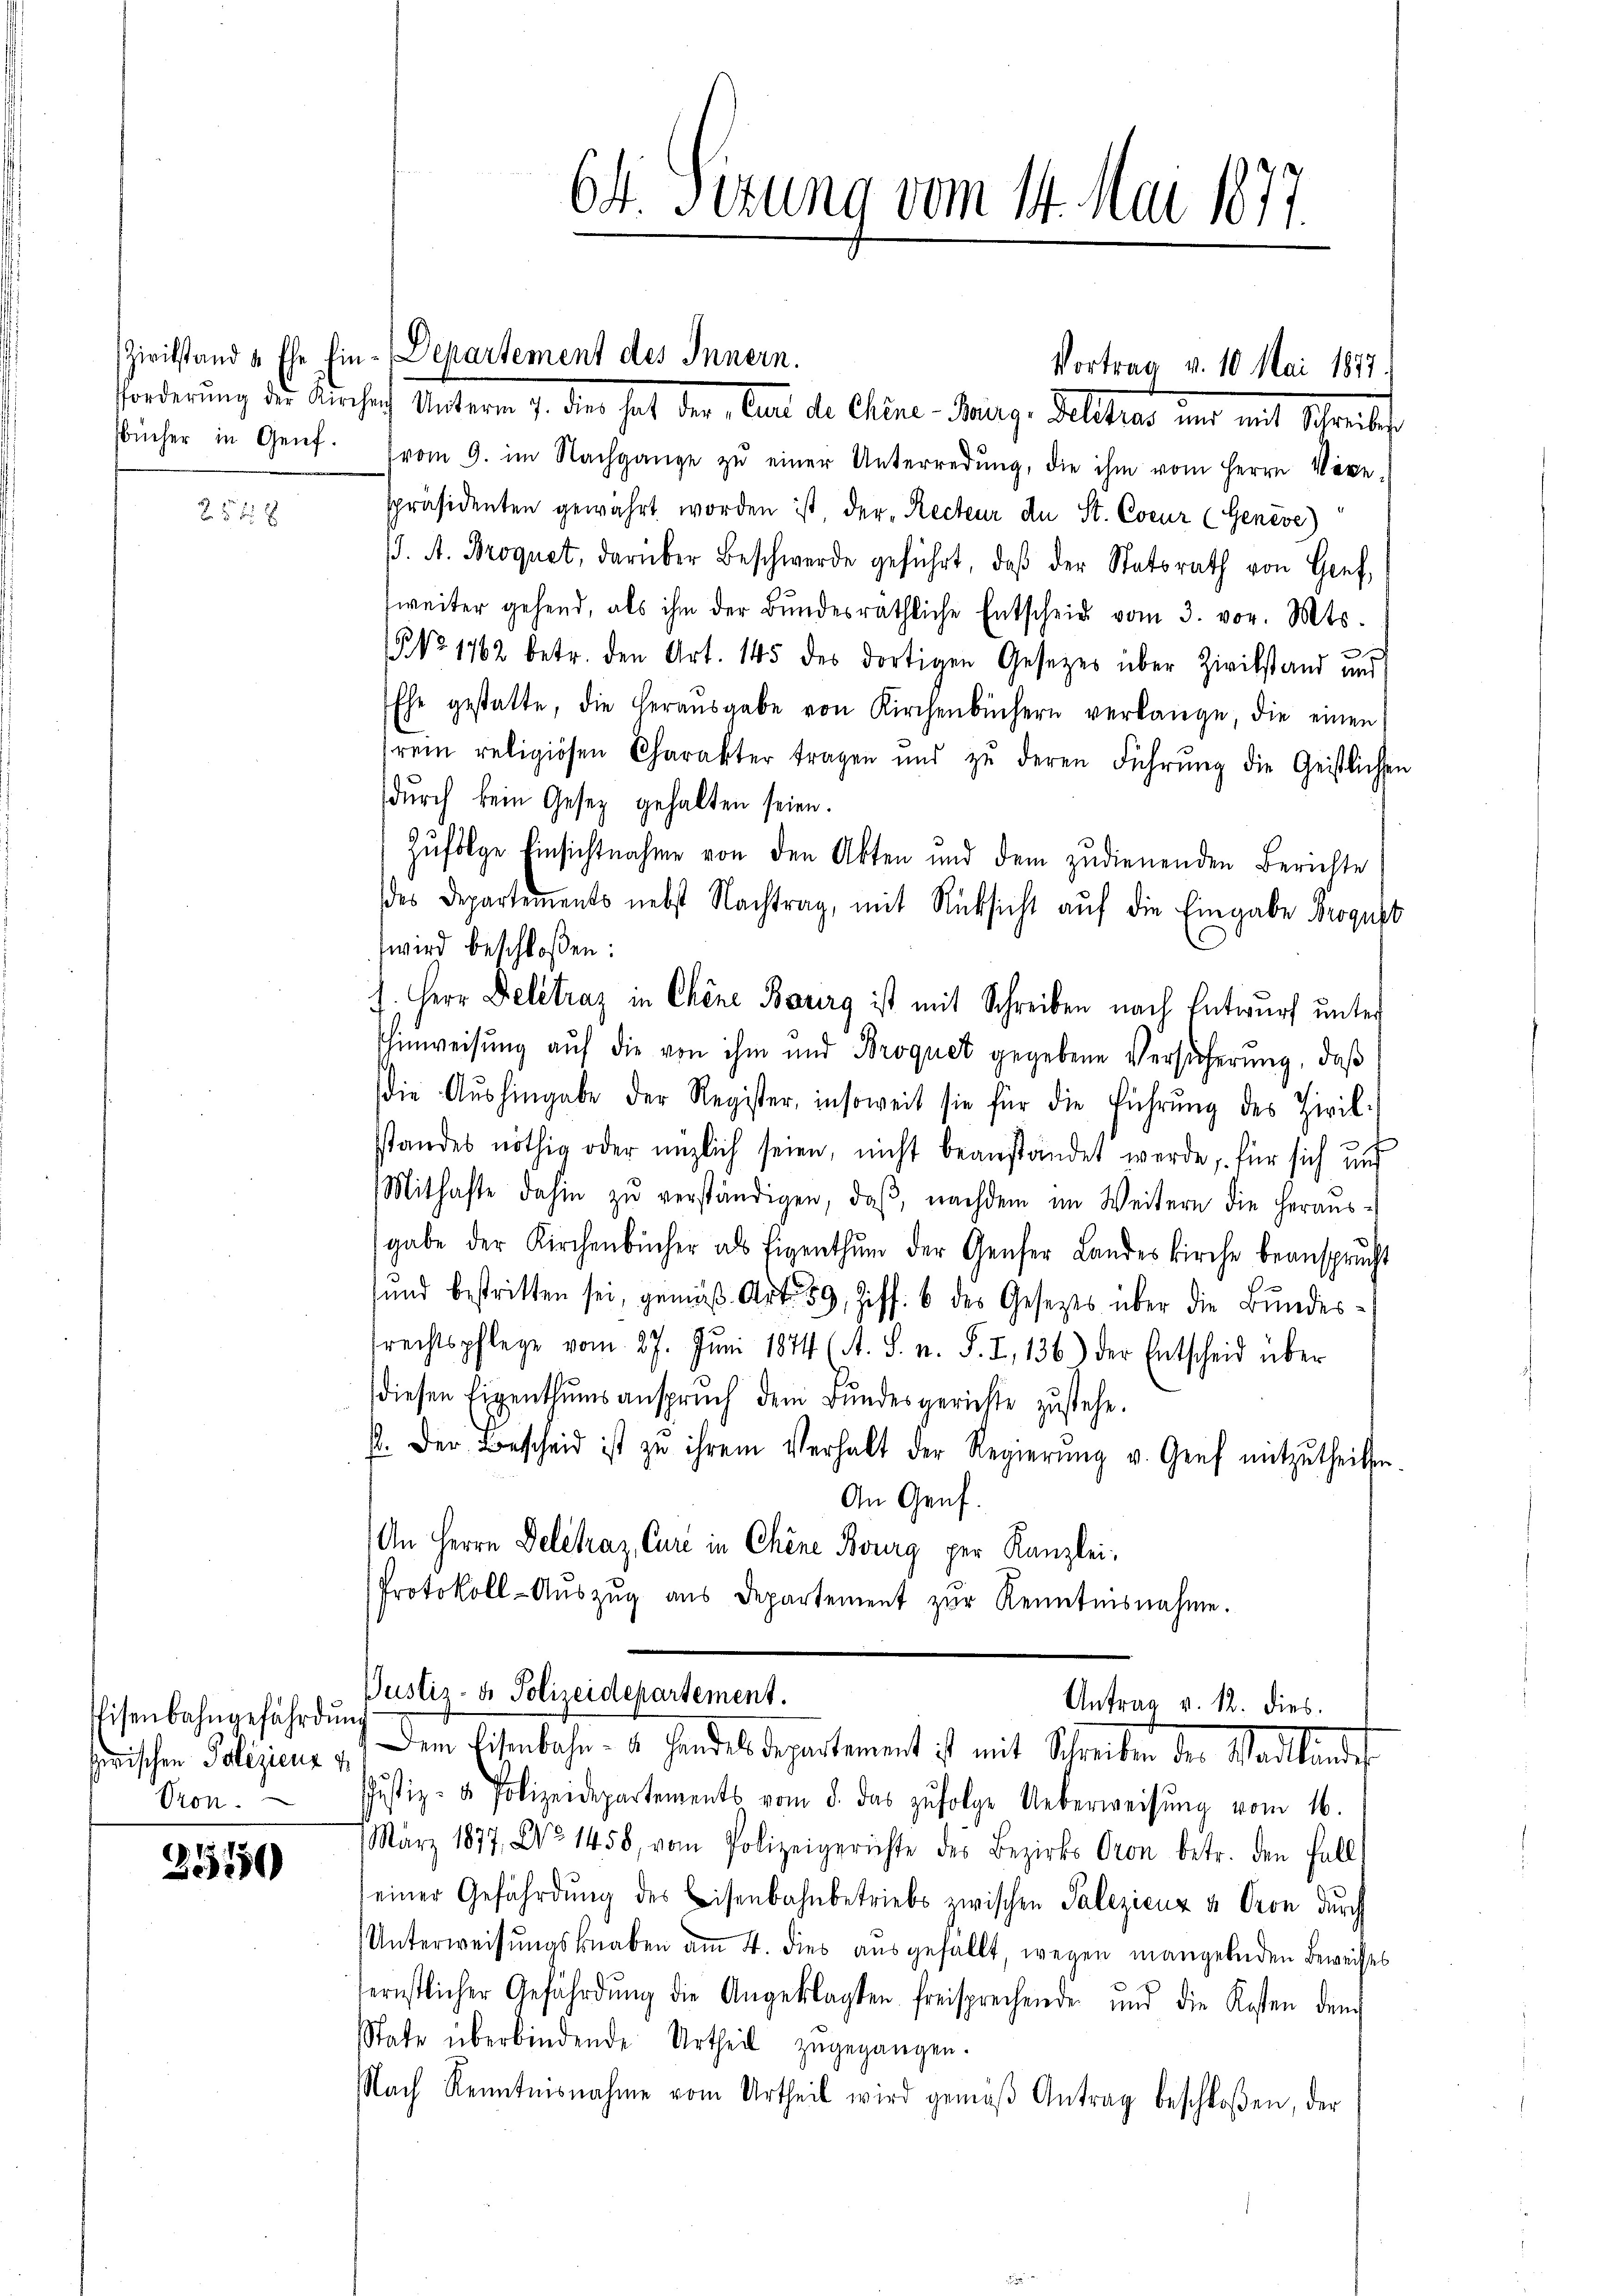
Bücher in Genf.

25 f 2

Eisenbahngefährdun
Gron.

3515

forderung die Einschaft Unterm 7. die hat der betr. die Alter Mag. Sollter und mit Streitf
vom 9. im Nachgange zŭ einer Unterredŭng, die ihm vom Herrn Vice-
spräsidenten gewährt worden ist, der Recteur de St. Coeur (Genève)
. A. Broquet, darüber Beschwerde geführt, daβ der Statsrath von Gref
weiter gehend, als ihm der Bŭndesräthliche Entscheid vom 3. vor. Mts.
 No. 1762 betr. den Art. 145 des dortigen Gesetzes über Zivilstand und
Ehe gestatte, die heraŭsgabe von Kirchenbüchern verlange, die einen
rem religiösen Charakter tragen und zŭ deren Führŭng die Geistlichen
dŭrch kein Gesetz gehalten seien.
Zufolge Einsichtnahme von den Akten und dem zudienenden Berichte
des Departements nebst Nachtrag, mit Rücksicht auf die Eingabe Broquet
wird beschloßen:
7. Herr Deletraz in Chene Bauerg ist mit Schreiben nach Entwurf unter
Ehinweisung auf die von ihm und Broquet gegebene Versicherung, daß
die Aŭshingabe der Register, insoweit sie für die Führŭng des Zivil-
standes nöthig oder möglich seien, nicht beanständet werde, für sich und
Mithafte dahin zŭ verständigen, daβ nachdem im Weitern die heraŭs-
gabe der Kirchenbücher als Eigenthŭm der Genfer Landeskirche beansprucht
sund bestritten sei, gemäβ Art. 39, Ziff. 6 des Gesetzes über die Bundes-
frechtspflege vom 27. Jŭni 1874 (A. S. n. F. I, 136) der Entscheid über
diesen Eigenthumsanspruch dem Bundesgerichte zustehe.
p. Der Bescheid ist zu ihrem Verhalt der Regierŭng v. Genf mitzŭtheilen.
An Genf.
An Herrn Delitraz, Curie in Chine Bourg per Kanzlei-
Protokoll-Aŭszŭg aŭs Departement zŭr Kenntnisnahme.
Justiz- & Polizeidepartement.
Antrag v. 12. dies
frischen Poliziens u. dem Eisenbahn- u. Handesdepartement ist mit Schreiben der Stadtlandes
Justiz- & Polizeidepartements vom 5. das zŭfolge Ueberweisŭng vom 16.
März 1877, No 1458, vom Polizeigerichte des Bezirks Cron betr. den Fall
einer Gefährdŭng des Eisenbahnbetriebs zwischen Palezicuz u. Oron durch
Unterweisungsknaben am 4. dies ausgefällt, wegen mangelnden Beweises
fernstlicher Gefährdŭng die Angeklagten freisprechende und die Kosten den
State überbindende Urtheil zugegangen.
Nach Kenntnisnahme vom Urtheil wird gemäβ Antrag beschloßen, der

Zivilstand a. Ehe Ein-Departement des Innern.

64. Sizung vom 14. Mai 1877.

Vortrag v. 10. Mai 1847.